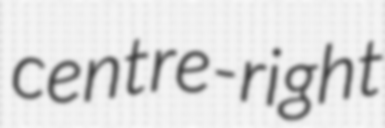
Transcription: centre-right